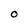
Character: O